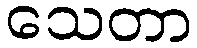
သေတာ